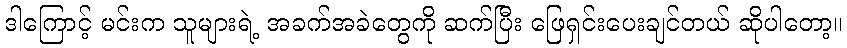
ဒါကြောင့် မင်းက သူများရဲ့ အခက်အခဲတွေကို ဆက်ပြီး ဖြေရှင်းပေးချင်တယ် ဆိုပါတော့။